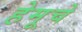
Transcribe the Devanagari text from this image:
हेमूचे